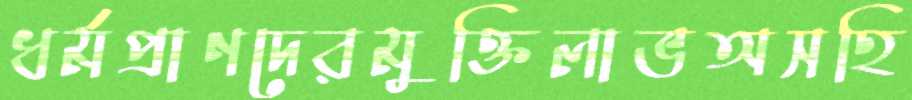
ধর্মপ্রাণদেরমুক্তিলাভঅসহি